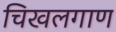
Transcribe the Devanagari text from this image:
चिखलगाण